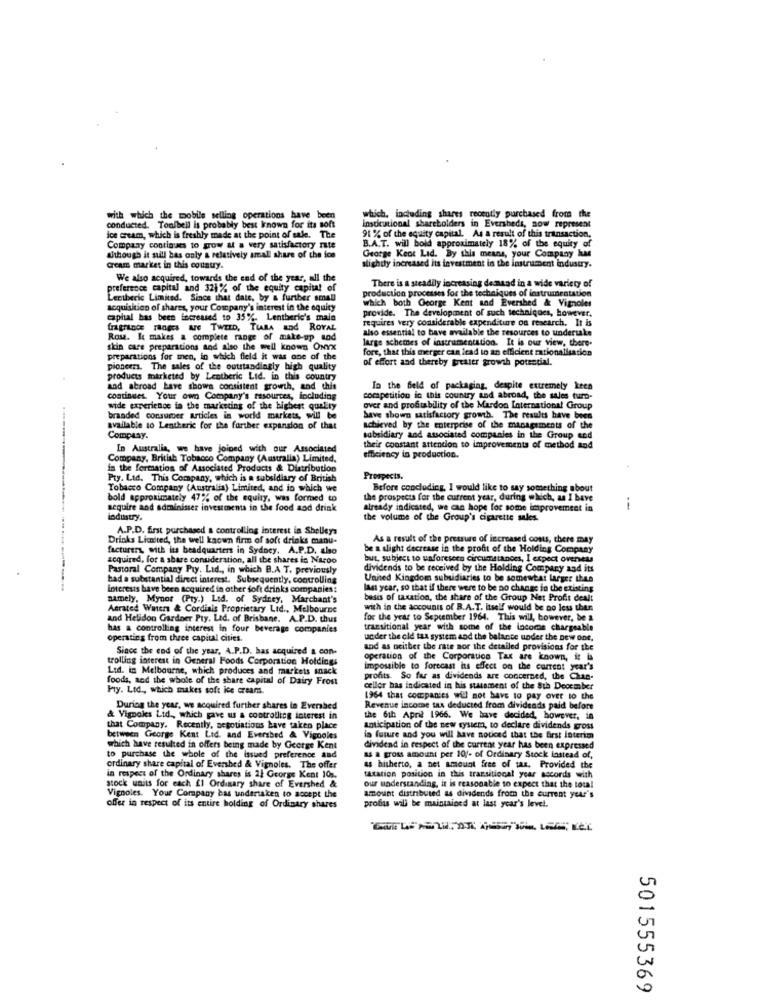
with which the mobile selling operations have been
which, including shares recently purchased from the
conducted. Tonibell is probably best known for its soft
institutional shareholders in Eversheds, now represent
ice cream, which is freshly made at the point of sale. The
91 % of the equity capital. As a result of this transaction.
B.A.T. will bold approximately 18% of the equity of
Company continues to grow at a very satisfactory rate
although it still bas only a relatively small share of the ice
George Kent Lid. By this means, your Compu
cream market in this country.
slightly increased its levestment in the instrument industry.
We also acquired, towards the end of the year, all the
There is a steadily increasing denand in a wide variety of
preference capital and 321% of the equity capital of
production processes for the techniques of instrumentation
Lentberle Limited. Since that date, by & furtber small
which both George Kent and Evershed & Vignoles
acquisition of shares, your Company's interest in the equity
provide. The development of such techniques, however,
capital has been focreased to 35%. Lentberic's main
requires very considerable expenditure on research. It is
fragrance ranges WE TWILD, TIARA and ROYAL
also essential to have available the resources to undertake
Row. It makes a complete range of make-up tod
large schemes of instrumentation. It is our view, there-
skin care preparations and also the well known ONYX
fore, that this merger can itad to an efficient rationalisation
preparations for men, in which field it was one of the
of effort and thereby greater growth potential.
pioneers. The sales of the outstandingly high quality
products marketed by Lentheric Lid. in this country
and abroad have shows consistent growth, and this
In the field of packaging, despite extremely keca
continues. Your own Company's resources, including
competition in this country and abroad, the sales turn-
wide experience in the marketing of the highest quality
over and profitability of the Mardon International Group
branded consumer articles in world markets, will be
have shown satisfactory growth. The results have been
available to Lentheric for the further expansion of that
achieved by the enterprise of the managements of the
Company.
subsidiary and associated companies in the Group sod
In Australia, we have Joined with our Associated
their constant attention to improvements of method and
Company, British Tobacco Company (Australia) Limited.
efficiency in production.
in the formation of Associated Products & Distribution
Pty. Lid. This Company, which is a subsidiary of British
Prospects.
Tobacco Company (Australia) Limited, and in which we
Before concluding, I would like to say something about
bold approximately 47% of the equity, was formed to
the prospects for the current year, during which, as I have
sequire and administer investments in the food aod drink
already indicated, we can hope for some improvement in
i
industry.
the volume of the Group's cigarette sales.
A.P.D. first purchased & controlling interest in Shelleys
Drinks Limited, the well known firm of soft drinks manu-
As a result of the pressure of increased costs, there may
facturers, with its headquarters in Sydney. A.P.D. also
be a slight decrease in the profit of the Holding Company
required, for a share consideration, all the shares in Naroo
but, subject to unforeseen circumstances, I expect overseas
Pastoral Company Pry. Lid ., in which B.A T. previously
dividends to be received by the Holding Company and its
had a substantial direct interest. Subsequently, controlling
United Kingdom subsidiaries to be somewhat larger this
interests have been acquired in other soft drinks companies:
last year, so that if there were to be no change in the existing
namely, Mynot (Pry.) Led. of Sydney, Marchant's
basis of taxation, the share of the Group Net Profit dealt
Aerated Waters & Cordiais Proprietary Lid ., Melbourne
with in the accounts of B.A.T. itself would be no less than
and Helidon Gardner Pry. Lid. of Brisbane. A.P.D. thus
for the year to September 1964. This will, however, be a
has a controlling interest In four beverage companies
transitional year with some of the incomes chargeable
operating from three capital cities.
under the old tax system and the balance under the new one,
Since the end of the year, A.P.D. has acquired & con-
and as neither the rate nor the detailed provisions for the
trolling interest in General Foods Corporation Holdings
operation of the Corporation Tax are known, it is
Lid. in Melbourne, which produces and markets snack
impossible to forecast is effect on the current year's
foods, and the whole of the share capital of Dairy Frost
profits. So far as dividends are concerned, the Chan-
Pty. Ltd ., which makes soft ice cream.
cellor has indicated in his statement of the 8th December
1964 that companies will not have to pay over to the
During the year, we acquired further shares to Everabed
Revenue income tax deducted from dividends paid before
& Vignokes Lid ., which gave us a controlling interest in
the 6th April 1966. We have decided, however, in
that Company, Recently, negotiations have taken place
anticipation of the new system, to declare dividends gross
between George Kent Lid. and Eversbed & Vignoles
in future and you will have noticed that the first interim
which have resulted in offers being made by George Kent
dividend in respect of the current year has been expressed
to purchase the whole of the issued preference and
AS a gross amount per 10/- of Ordinary Stock instead of,
ordinary share capital of Eversbed & Vignoles. The offer
as hisherto, a net amount free of tax. Provided the
in respect of the Ordinary shares is 21 George Kent 10s.
tatation position in this transitional year accords with
our understanding, it is reasonable to expect that the total
stock units for each fl Ordinary share of Evershed &
Vignoles. Your Company bas undertaken to socept the
amount distributed as dividends from the current year's
offer in respect of its entire holding of Ordinary shares
probas will be maintained at last year's level.
501555369